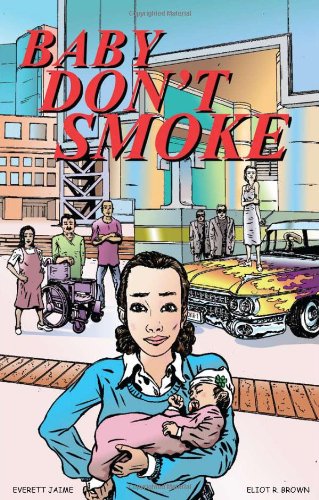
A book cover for Baby Don't Smoke: A Graphic Novel; Everett Jaime; Teen & Young Adult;